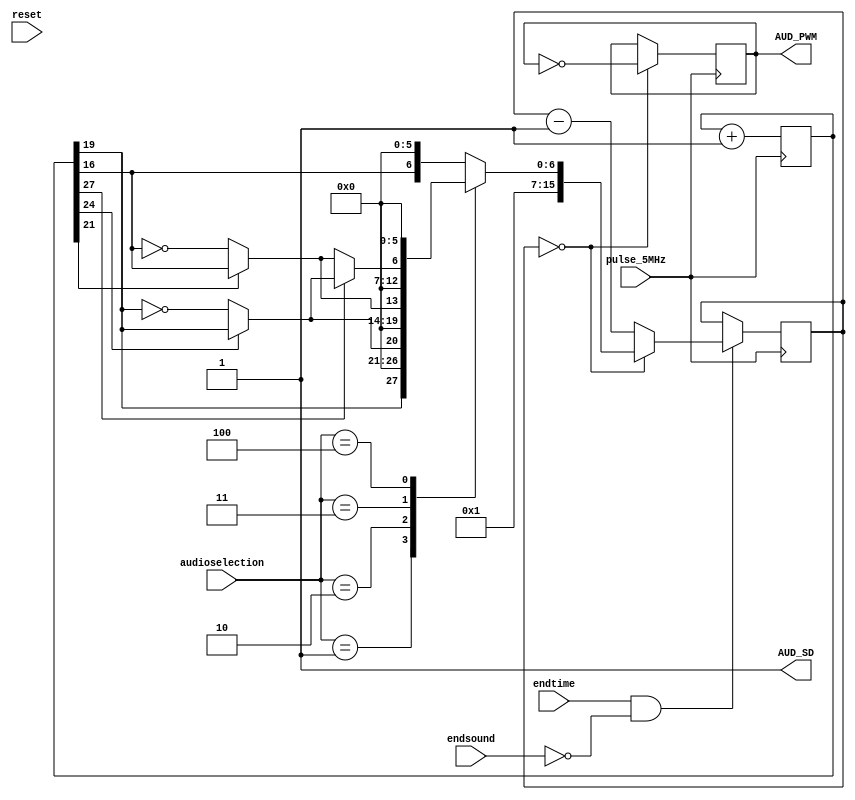
`timescale 1ns / 1ps
//////////////////////////////////////////////////////////////////////////////////
// Company: Carleton University
// 
// Module Name: Audio
// Project Name: Egg Timer
// Target Devices: NEXYS A7 100 T
// Tool Versions: 
// Description: plays a multitone audio once the timer hits 00:00. Also, the user can choose from 5 tones ranging at various frequencies
//
// Dependencies: 
// Revision:
// Revision 0.01 - File Created
// Additional Comments: This concept was based on tutorial my partner and I completed in the begining of the semester to learn vivado. The tutorial
// can be found at https://www.fpga4fun.com/MusicBox2.html 
// 
//////////////////////////////////////////////////////////////////////////////////


module Audio(
    input pulse_5MHz,
    input reset,
    input endtime,
    input endsound,
    input [2:0] audioselection,
    output reg AUD_PWM,
    output AUD_SD
    );
    
      /*
        IDEA: 
        
        Lets explain this idea using the BCD Digits. Let say the counter is created that is incrementing from 0 to 10000 at a frequncy of x
        
        854 856
        The ones digit will be incrementing at a frequency of x
        The tens digit will be incrementing at a frequency of x/10
        The hundred digit will be incrementing at a frequency of x/100
        The thousand digit will be incrementing at a frequency of x/1000
        and so on. 
        
        Therefore, as the digit place increases, the frequency of incrementing will decrease by a factor of 10^(n-10)
        
        Applying the same concept on the binary number where the bit's toggling frequnecy will be decreasing by a factor of 2^(n-1) 
        as the digit place increases
        
        In our case, the LSB from a 30 bit sound_tone will be toggling at a frequecy of 5 MHz while the MSB will be toggling about the frequency
        of 0.0093 Hz. Choosing the differnet binarny bit place will result produce a different frequency. Rememver, the least significant bits
        will be toggling at a high frequnecy and the most significant bits will be toggling at a low freqency. 
        
        The audible frequncy range can be determined in the range of Bit 9 to Bit 23 where the frequencies are generated range from
        1.19 Hz to 19.5 KHz. However, ussually its best to choose bits from the middle as 19.5 KHz is a really high pitch noise - so the
        bit range is anywhere from bit 14 to bit 23 that generates frequencies at 610.35 Hz to 1.19 Hz.
        
        Choosing a range of bots between bit 14 to bit 23 can result in multitone frequency if the audio is incremented through the tone
    */
  reg [29:0] sound_tone;
  reg [15:0] counter;
  reg [14:0] clkdivider;
  
  // High frequency tone that increases only
  function reg high_freq_sound;
      input [29:0] sound_tone;
      begin
          high_freq_sound = sound_tone [20:16];
      end
  endfunction
  
  // Low Frequency tone that increases only
  function reg low_freq_sound;
      input [29:0] sound_tone;
      begin
          low_freq_sound = sound_tone [23:19];
      end
  endfunction
  
  // Low frequency tone that increases and decreases
  function reg low_freq_sound_ramp;
      input [29:0] sound_tone;
      begin
          low_freq_sound_ramp = (sound_tone [24]) ? sound_tone [23:19] : ~sound_tone [23:19];
      end
  endfunction
  
  // High frequency tone that increases and decreases
  function reg high_freq_sound_ramp;
      input [29:0] sound_tone;
      begin
          high_freq_sound_ramp = (sound_tone [21]) ? sound_tone [20:16] : ~sound_tone [20:16];
      end
  endfunction
  
  /*
    Case statement to choose between the desired tone via a switch. Depending on the tone selected, a clock divider is set with a different 
    values. The purpose of the clock divider is to prolong the tunes such atleast a full period of the tune frequnecy square wave is completed 
    so produce a sound. Though experimentation, it was determined a audio has not been produced if atleast a full square wave is created. Plus,
    it increments the tone frequnecy at a specific values such that certain tone frequncies are being played. 
    
    Note: there are five tones the user can choose where tone 5 is the merger of the low_freq_sound_ramp tone and high_freq_sound_ramp tone 
    as it alternates among a two tones at a set period of time.
  */
  always @ (*) begin
      case (audioselection)
          0: clkdivider = {2'b01, high_freq_sound(sound_tone), 6'b000000};
          1: clkdivider = {2'b01, low_freq_sound(sound_tone), 6'b000000};
          2: clkdivider = {2'b01, low_freq_sound_ramp(sound_tone), 6'b000000};
          3: clkdivider = {2'b01, high_freq_sound_ramp(sound_tone), 6'b000000};
          4: clkdivider = {2'b01, ((sound_tone[27]) ? low_freq_sound_ramp(sound_tone) : high_freq_sound_ramp(sound_tone)), 6'b000000};
          default: clkdivider = {2'b01, high_freq_sound(sound_tone), 6'b000000};
      endcase
  
  end
    
    /*
        At every rising edge of a 5MHz clk, the sound_tone is incremented. This allows the tune freuqency to increase each rising edge.
        Also, the counter is decremented at every risig edge polonging the duration a tune is played. As a counter hits zero,
        a new tones plays. 
    */
    always @(posedge pulse_5MHz) begin 
          sound_tone <= sound_tone + 1;
          if (endtime && ~endsound) begin
               if(counter == 0)
                   counter <= clkdivider;
                else 
                    counter <= counter-1;
          end
     end
    
   //When every a counter hit zero, a new tone is played in the speaker
    always @(posedge pulse_5MHz) begin
        if(counter==0) 
            AUD_PWM <= ~AUD_PWM;
    end
    
    
  assign AUD_SD = 1'b1;
endmodule